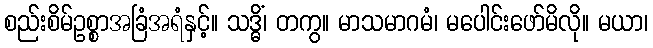
စည်းစိမ်ဥစ္စာအခြံအရံနှင့်။ သဒ္ဓိံ၊ တကွ။ မာသမာဂမံ၊ မပေါင်းဖော်မိလို။ မယာ၊